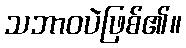
သဘာဝပဲဖြစ်၏။